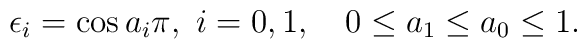
\epsilon_i=\cos a_i\pi, \ i=0,1,\quad 0\le a_1\le a_0\le 1.